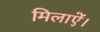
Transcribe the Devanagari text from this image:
मिलाऐं।